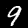
Label: 9